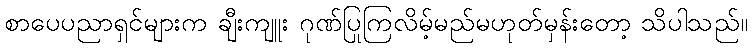
စာပေပညာရှင်များက ချီးကျူး ဂုဏ်ပြုကြလိမ့်မည်မဟုတ်မှန်းတော့ သိပါသည်။